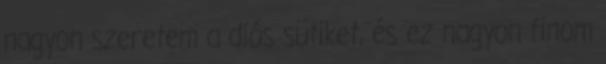
nagyon szeretem a diós sütiket, és ez nagyon finom